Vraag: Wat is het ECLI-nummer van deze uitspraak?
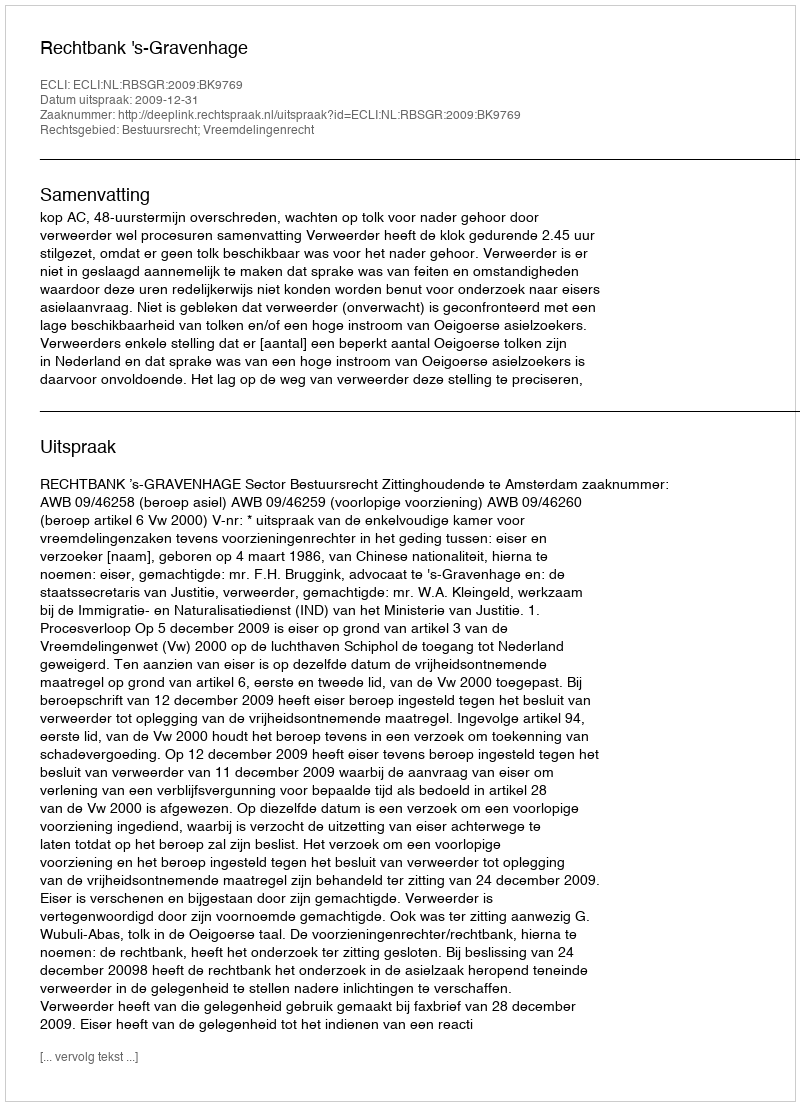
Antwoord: ECLI:NL:RBSGR:2009:BK9769